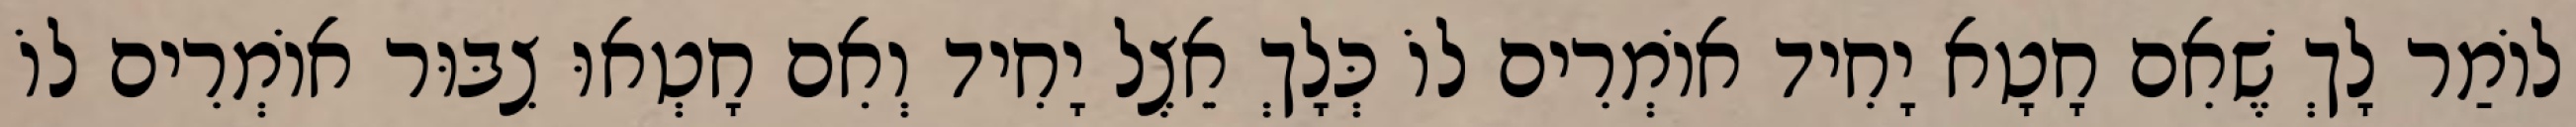
לוֹמַר לָךְ שֶׁאִם חָטָא יָחִיד אוֹמְרִים לוֹ כְּלָךְ אֵצֶל יָחִיד וְאִם חָטְאוּ צִבּוּר אוֹמְרִים לוֹ